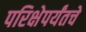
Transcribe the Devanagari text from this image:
परिक्षेपर्यंतचे